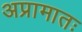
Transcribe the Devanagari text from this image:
अप्रामातः